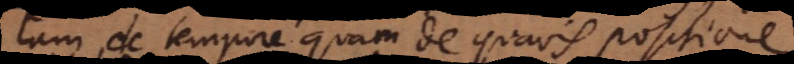
tam de tempore quam de quavis positione,